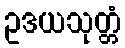
ဥဒယသုတ္တံ